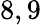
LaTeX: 8,9